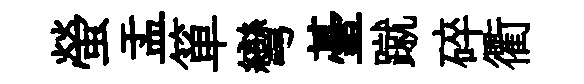
螢盂箪彎䑓蹴碎衢